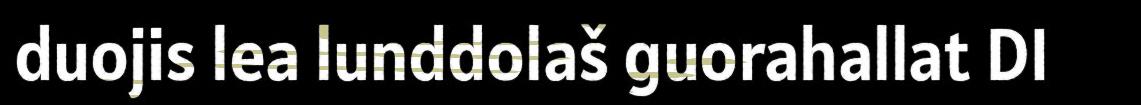
duojis lea lunddolaš guorahallat DI